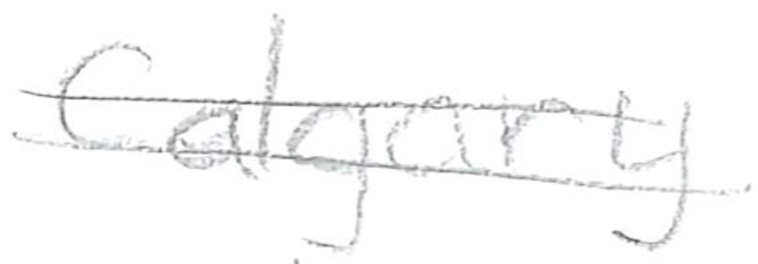
Text: Calgary
Cross-out: double-line
Writing tool: pencil